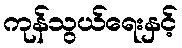
ကုန်သွယ်ရေးနှင့်